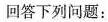
回答下列问题：